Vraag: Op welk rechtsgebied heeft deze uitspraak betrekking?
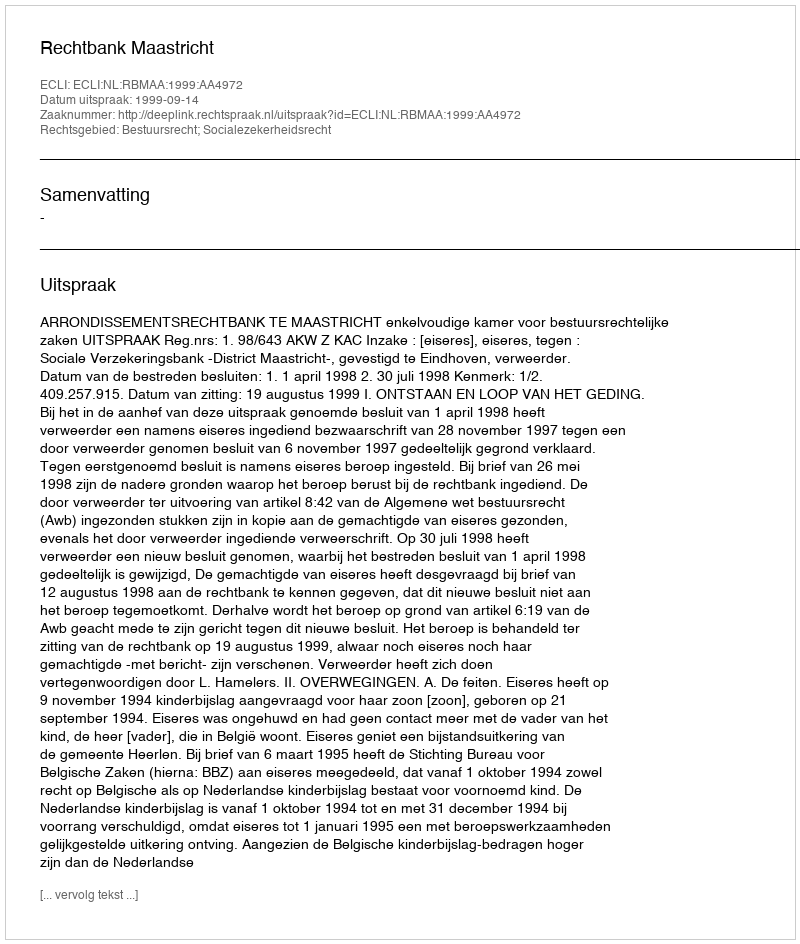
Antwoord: Bestuursrecht; Socialezekerheidsrecht